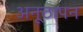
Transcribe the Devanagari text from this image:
अनूठापन